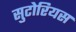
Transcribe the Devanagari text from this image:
सुटोरियस